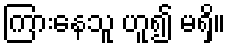
ကြားနေသူ ဟူ၍ မရှိ။